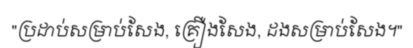
"ប្រដាប់សម្រាប់សែង, គ្រឿងសែង, ដងសម្រាប់សែង។"